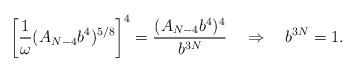
LaTeX: \begin{align*}\left[\frac{1}{\omega} (A_{N-4}b^4)^{5/8}\right]^4=\frac{( A_{N-4}b^4)^4}{b^{3N}}\quad \Rightarrow \quad b^{3N}=1.\end{align*}